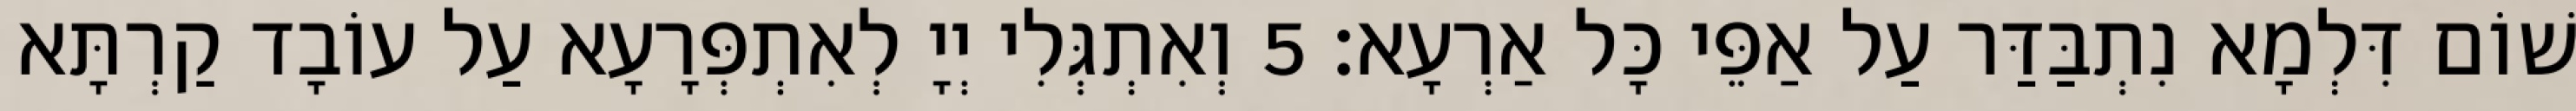
שׁוֹם דִּלְמָא נִתְבַּדַּר עַל אַפֵּי כָּל אַרְעָא׃ 5 וְאִתְגְּלִי יְיָ לְאִתְפְּרָעָא עַל עוֹבָד קַרְתָּא